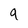
Character: 9